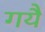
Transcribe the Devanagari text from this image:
गयै